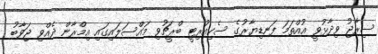
ސިރާޖު ވިދާޅުވީ އުއްތަމަ ފަނޑިޔާރުގެ ސެކިއުރިޓީ ބްރީޗުވި މައްސަލައިގައި އިމްރާން ދެއްވި ޖަވާބު